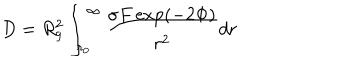
D = R _ { g } ^ { 2 } \int _ { r _ { 0 } } ^ { \infty } \frac { \sigma F \exp ( - 2 \Phi ) } { r ^ { 2 } } d r